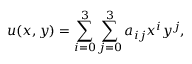
u ( x , y ) = \sum _ { i = 0 } ^ { 3 } \sum _ { j = 0 } ^ { 3 } a _ { i j } x ^ { i } y ^ { j } ,